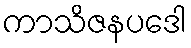
ကာသိဇနပဒေါ